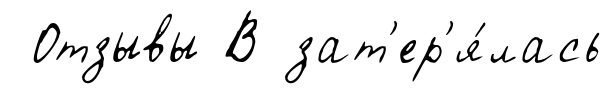
Отзывы В зат'ер'я́лась